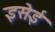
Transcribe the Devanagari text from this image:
इसेई